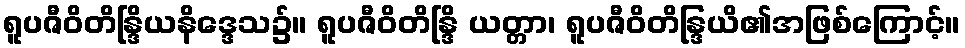
ရူပဇီဝိတိန္ဒြိယနိဒ္ဒေသ၌။ ရူပဇီဝိတိန္ဒြိ ယတ္တာ၊ ရူပဇီဝိတိန္ဒြယိ၏အဖြစ်ကြောင့်။